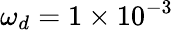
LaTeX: \omega_{d}=1\times 10^{-3}